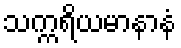
သက္ကရိယမာနာနံ